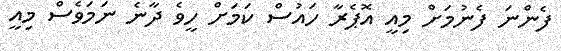
ފެންނަ ފެނުމަށް މިއީ އޮޕެރާ ހައުސް ކަމަށް ހީވެ ދާނެ ނަމަވެސް މިއީ